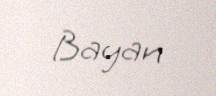
Bayan